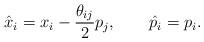
LaTeX: \begin{align*}\hat{x}_{i}=x_{i}-\frac{\theta _{ij}}{2}p_{j},\qquad\hat{p}_{i}=p_{i}.\end{align*}